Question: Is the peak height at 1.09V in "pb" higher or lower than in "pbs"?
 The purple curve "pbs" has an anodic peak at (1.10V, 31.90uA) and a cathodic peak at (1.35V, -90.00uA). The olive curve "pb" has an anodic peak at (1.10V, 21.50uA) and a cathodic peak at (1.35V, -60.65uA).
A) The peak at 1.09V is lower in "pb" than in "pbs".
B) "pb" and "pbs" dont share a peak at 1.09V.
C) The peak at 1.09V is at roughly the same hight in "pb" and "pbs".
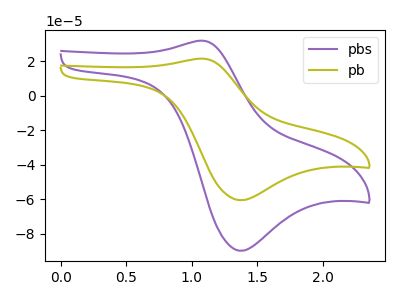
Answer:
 <answer>A) The peak at 1.09V is lower in "pb" than in "pbs".</answer>
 <eval>A</eval>